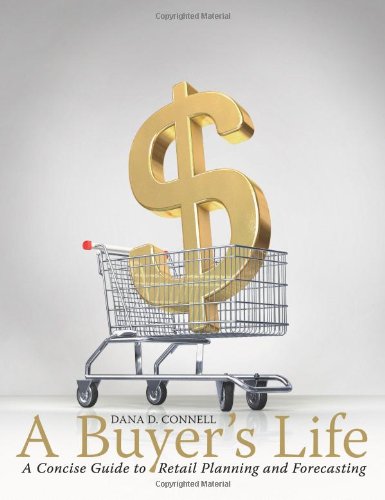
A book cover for A Buyer's Life: A Concise Guide to Retail Planning and Forecasting; Dana Connell; Business & Money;